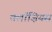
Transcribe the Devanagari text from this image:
क्लॉज़ियस